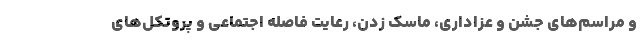
و مراسم‌های جشن و عزاداری، ماسک زدن، رعایت فاصله اجتماعی و پروتکل‌های